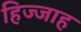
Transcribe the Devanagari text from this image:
हिज्जाह